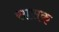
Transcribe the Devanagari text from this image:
सासक